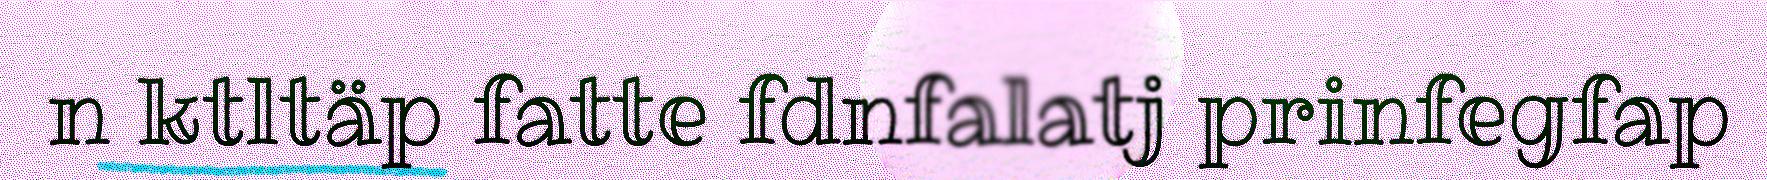
n ktltäp fatte fdnfalatj prinfegfap